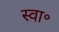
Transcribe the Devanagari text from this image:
स्वा॰